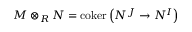
M \otimes _ { R } N = \operatorname { c o k e r } \left( N ^ { J } \to N ^ { I } \right)